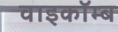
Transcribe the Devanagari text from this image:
वाइकॉम्ब